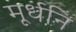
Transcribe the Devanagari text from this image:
मूर्धनि